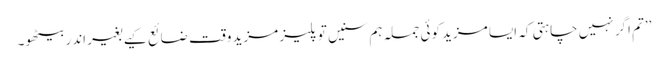
’’تم اگر نہیں چاہتی کہ ایسا مزید کوئی جملہ ہم سنیں تو پلیز مزید وقت ضائع کیے بغیر اندر بیٹھو۔